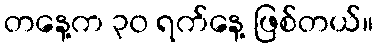
တနေ့က ၃၀ ရက်နေ့ ဖြစ်တယ်။